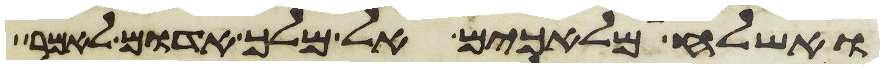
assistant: ואשלחה מלאכים אל מלך אדום לאמר